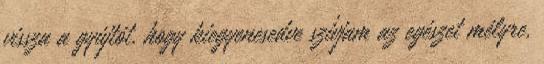
vissza a gyújtót, hogy kiegyenesedve szívjam az egészet mélyre,